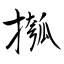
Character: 摦